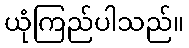
ယုံကြည်ပါသည်။